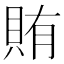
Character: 賄